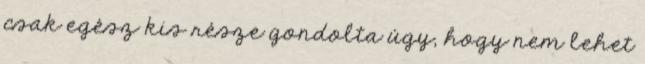
csak egész kis része gondolta úgy, hogy nem lehet